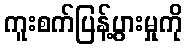
ကူးစက်ပြန့်ပွားမှုကို